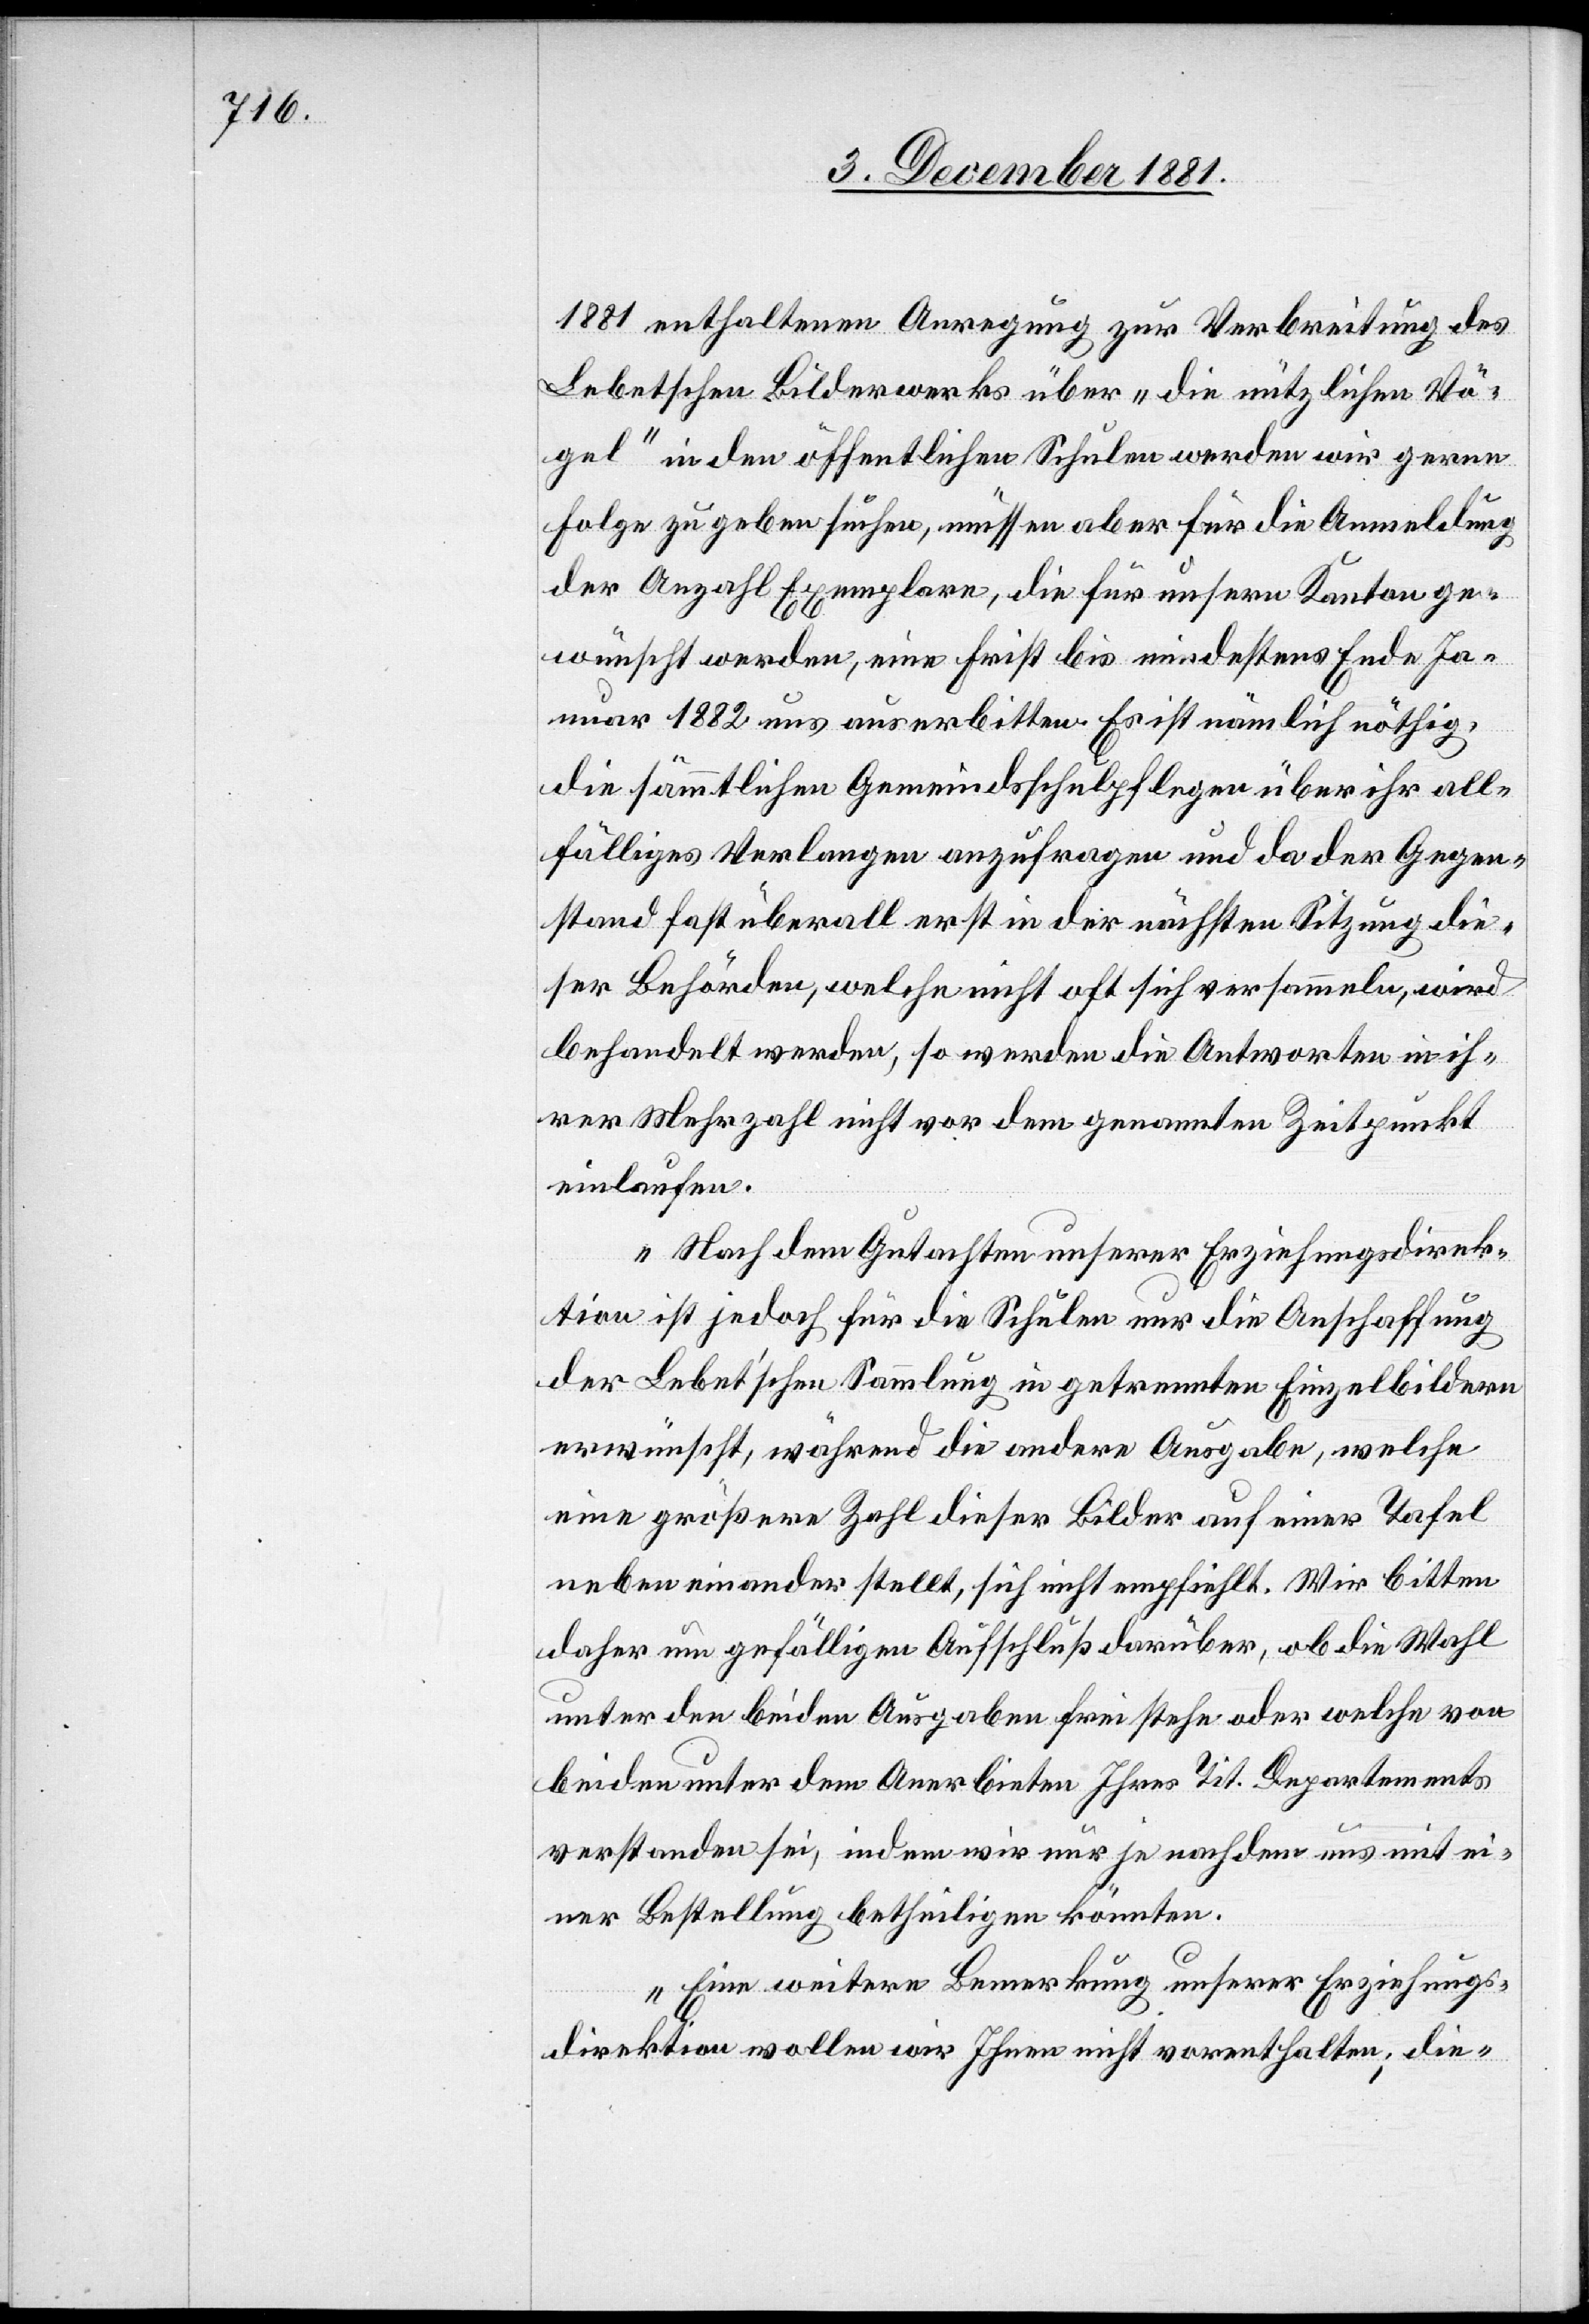
1881 enthaltenen Anregung zur Verbreitung des
Lebetschen Bilderwerks über „die nützlichen Vö¬
gel“ in den öffentlichen Schulen werden wir gerne
Folge zu geben suchen, müssen aber für die Anmeldung
der Anzahl Exemplare, die für unsern Kanton ge¬
wünscht werden, eine Frist bis mindestens Ende Ja¬
nuar 1882 uns auserbitten. Es ist nämlich nöthig,
die sämtlichen Gemeindsschulpflegen über ihr all¬
fälliges Verlangen anzufragen und da der Gegen¬
stand fast überall erst in der nächsten Sitzung die¬
ser Behörden, welche nicht oft sich versammeln, wird
behandelt werden, so werden die Antworten in ih¬
rer Mehrzahl nicht vor dem genannten Zeitpunkt
einlaufen.
Nach dem Gutachten unserer Erziehungsdirek¬
tion ist jedoch für die Schulen nur die Anschaffung
der Lebet’schen Sammlung in getrennten Einzelbildern
erwünscht, während die andere Ausgabe, welche
eine größere Zahl dieser Bilder auf einer Tafel
neben einander stellt, sich nicht empfiehlt. Wir bitten
daher um gefälligen Aufschluß darüber, ob die Wahl
unter den beiden Ausgaben frei stehe oder welche von
beiden unter dem Anerbieten Ihres Tit. Departements
verstanden sei, indem wir nur je nach dem uns mit ei¬
ner Bestellung betheiligen könnten.
Eine weitere Bemerkung unserer Erziehungs¬
direktion wollen wir Ihnen nicht vorenthalten; die-